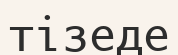
тізеде